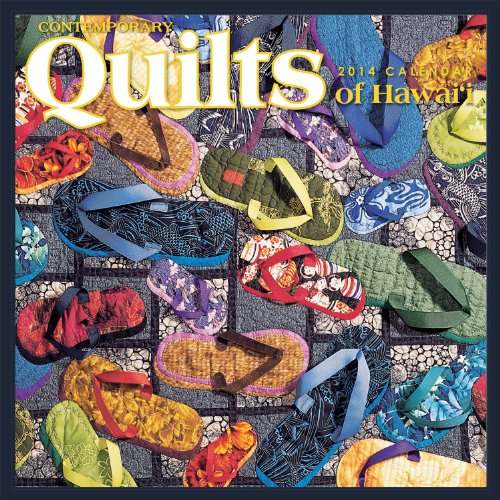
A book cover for Contemporary Quilts of Hawaii 2014 Deluxe Calendar; Island Heritage; Calendars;